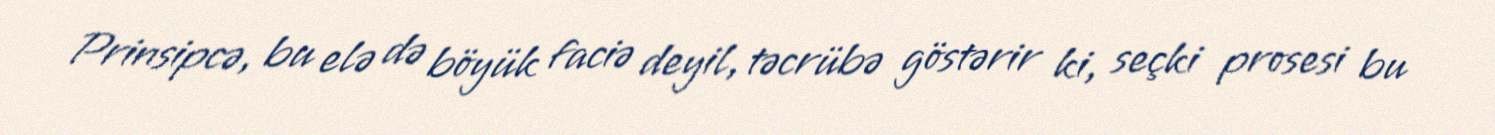
Prinsipcə, bu elə də böyük faciə deyil, təcrübə göstərir ki, seçki prosesi bu